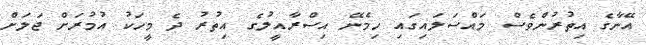
އޭނާގެ އިތުރުންވެސް މައްސަލައިގައި ހިމެނޭ އިސްރާއީލުގެ އިތުރު ދެ މީހަކު އުމުރަށް ޖަލަށް